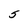
Character: 5